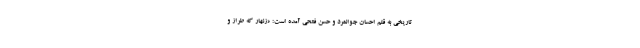
تاریخی به قلم احسان جوانمرد و حسن فتحی آمده است: «زنهار که طراز و